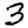
Digit: 3